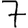
Digit: 7